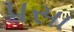
પસા